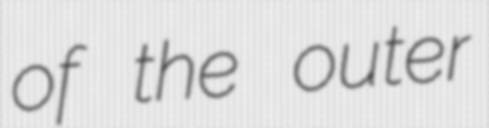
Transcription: of the outer